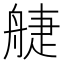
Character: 𦩌